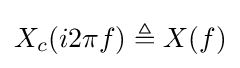
X_{c}(i2\pi f)\triangleq X(f)